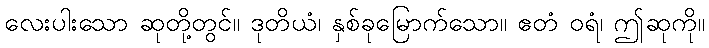
လေးပါးသော ဆုတို့တွင်။ ဒုတိယံ၊ နှစ်ခုမြောက်သော။ ဧတံ ဝရံ၊ ဤဆုကို။